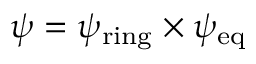
\psi = \psi _ { \mathrm { r i n g } } \times \psi _ { \mathrm { e q } }